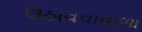
ઉઠાવવાવાળા